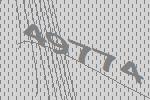
49774